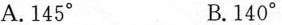
A.145 ^\circ B.140^\circ